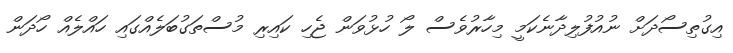
އިގުތިސޯދަށް ނުއުފުލިދާނެކަމީ މިހާރުވެސް ލޯ ހުޅުވަން ޖެހި ކައިރި މުސްތަގުބަލެއްގައި ހައްލެއް ހޯދަން